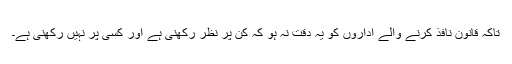
تاکہ قانون نافذ کرنے والے اداروں کو یہ دقت نہ ہو کہ کن پر نظر رکھنی ہے اور کسی پر نہیں رکھنی ہے۔